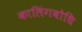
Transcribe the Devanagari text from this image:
कालिंगबोधि